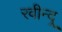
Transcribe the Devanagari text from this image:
रवीन्द्र्